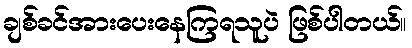
ချစ်ခင်အားပေးနေကြရသူပဲ ဖြစ်ပါတယ်။